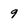
Character: 9